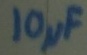
Text: 10µF